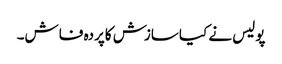
پولیس نے کیاسازش کاپردہ فاش۔